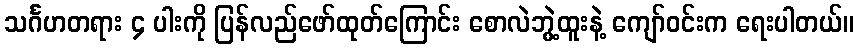
သင်္ဂဟတရား ၄ ပါးကို ပြန်လည်ဖော်ထုတ်ကြောင်း စောလဲဘွဲ့ထူးနဲ့ ကျော်ဝင်းက ရေးပါတယ်။